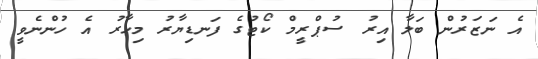
އެ ނަޒަރުން ބަލާ އިރު ސުޕްރީމް ކޯޓުގެ ފަނޑިޔާރު މިހާރު އެ ހުންނެވީ